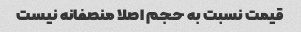
قیمت نسبت به حجم اصلا منصفانه نیست